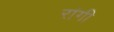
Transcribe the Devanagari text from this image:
रांगी